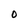
Character: 0